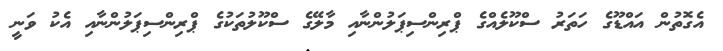
އެގޮތުން އައްޑޫގެ ހަތަރު ސްކޫލެއްގެ ޕްރިންސިޕަލުންނާއި މާލޭގެ ސްކޫލުތަކުގެ ޕްރިންސިޕަލުންނާއި އެކު ވަނީ